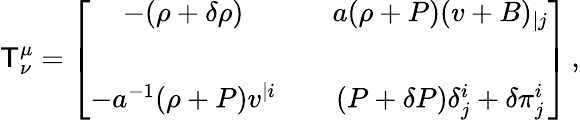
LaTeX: \mathsf{T}_{\nu}^{\mu}=\left[\begin{array}{ccc}{{-(\rho+\delta\rho)}}&{{}}&{{a(\rho+P)(v+B)_{|j}}}\\ {{}}&{{}}&{{}}\\ {{-a^{-1}(\rho+P)v^{|i}}}&{{}}&{{(P+\delta P)\delta_{j}^{i}+\delta\pi_{j}^{i}}}\end{array}\right]\, ,